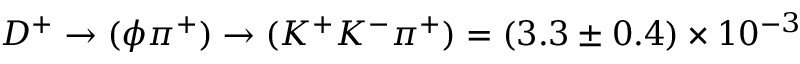
D ^ { + } \rightarrow ( \phi \pi ^ { + } ) \rightarrow ( K ^ { + } K ^ { - } \pi ^ { + } ) = ( 3 . 3 \pm 0 . 4 ) \times 1 0 ^ { - 3 }